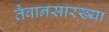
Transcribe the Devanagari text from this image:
तैवानसारख्या